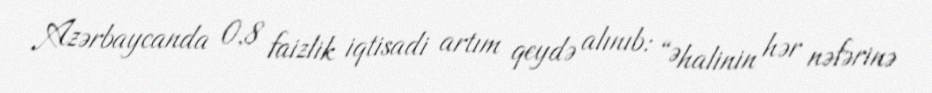
Azərbaycanda 0,8 faizlik iqtisadi artım qeydə alınıb: “Əhalinin hər nəfərinə